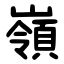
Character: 嶺